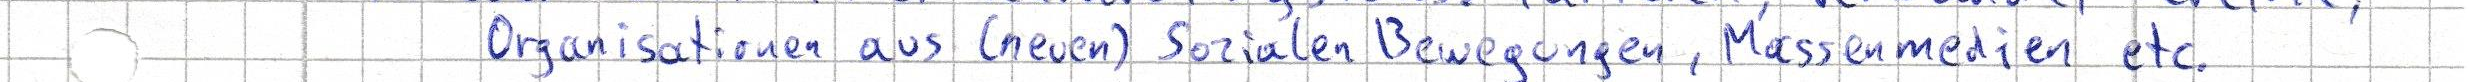
Organisationen aus (neuen) Sozialen Bewegungen, Massenmedien etc.